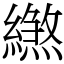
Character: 繺